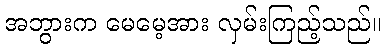
အဘွားက မေမေ့အား လှမ်းကြည့်သည်။